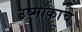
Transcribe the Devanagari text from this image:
उष्मांकाचे